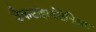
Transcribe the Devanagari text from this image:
डैकटाइलोटेनिअम